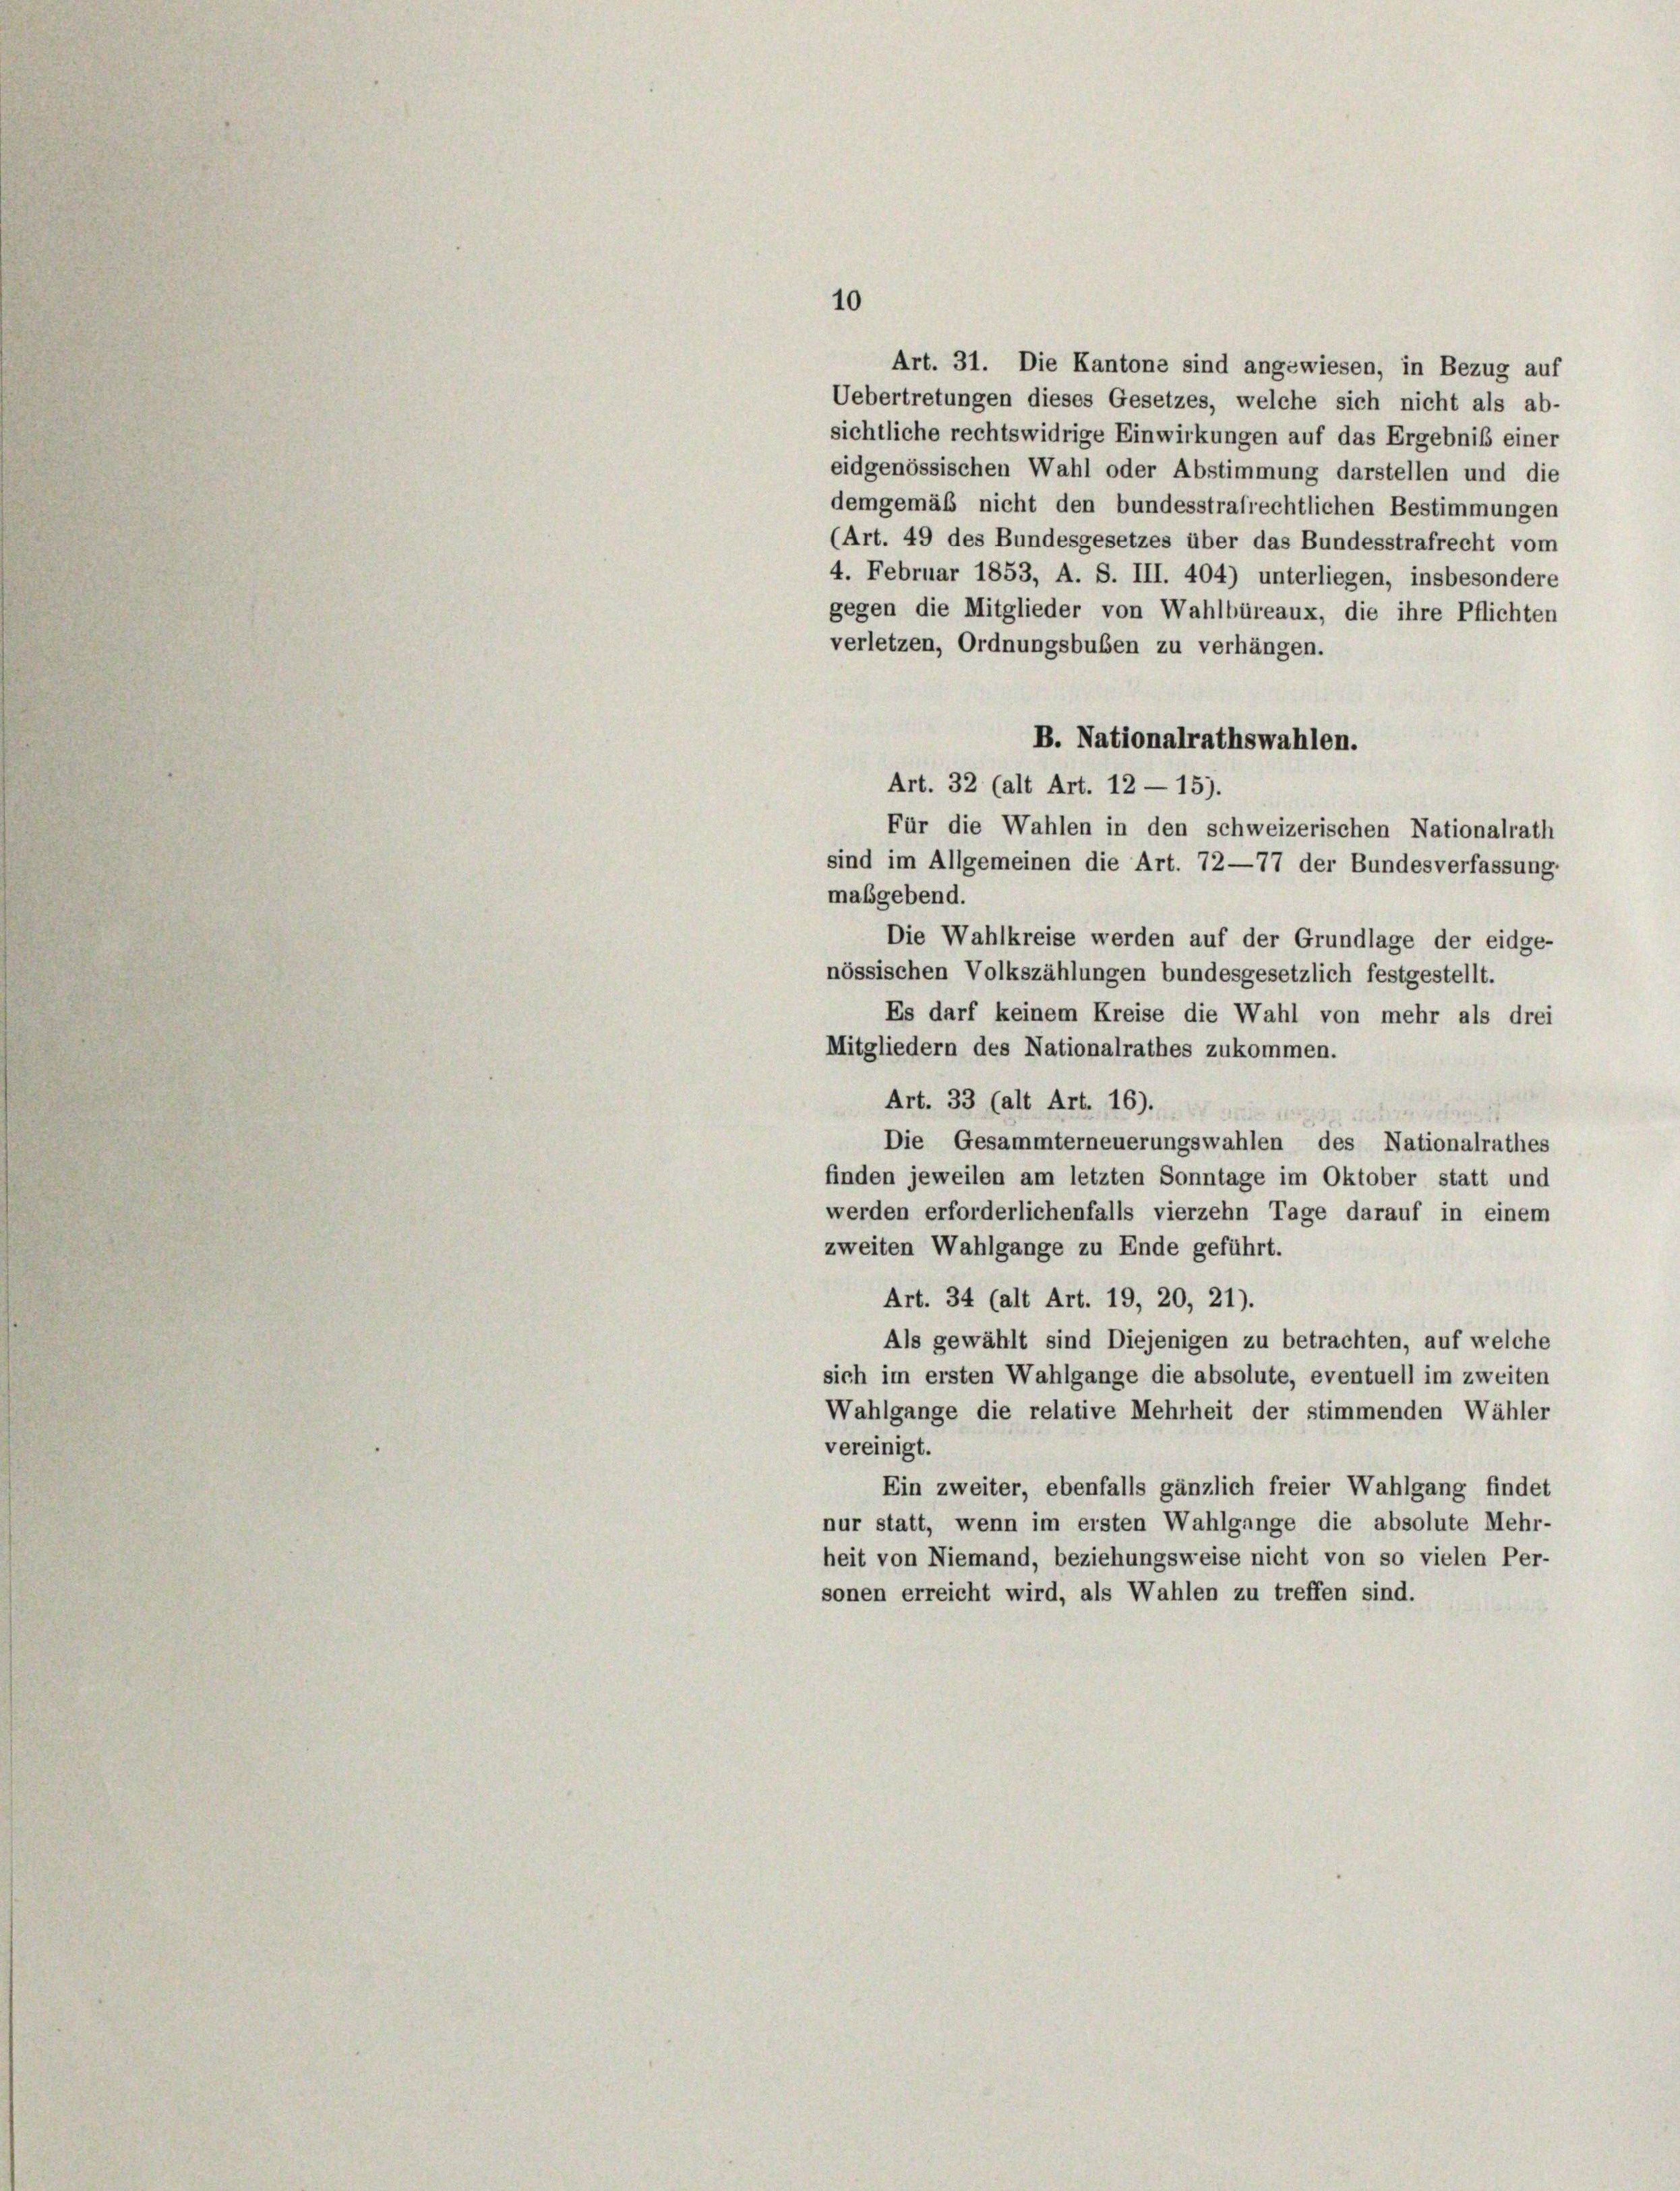
10

Art. 31. Die Kantone sind angewiesen, in Bezug auf
Uebertretungen dieses Gesetzes, welche sich nicht als ab-
sichtliche rechtswidrige Einwirkungen auf das Ergebniß einer
eidgenössischen Wahl oder Abstimmung darstellen und die
demgemäß nicht den bundesstrafrechtlichen Bestimmungen
(Art. 49 des Bundesgesetzes über das Bundesstrafrecht vom
4. Februar 1853, A. S. III. 404) unterliegen, insbesondere
gegen die Mitglieder von Wahlbüreaux, die ihre Pflichten
verletzen, Ordnungsbuben zu verhängen.
B. Nationalrathswahlen.
Art. 32 (alt Art. 12 - 15).
Für die Wahlen in den schweizerischen Nationalrath
sind im Allgemeinen die Art. 72—77 der Bundesverfassung.
maßgebend.
Die Wahlkreise werden auf der Grundlage der eidge-
nössischen Volkszählungen bundesgesetzlich festgestellt.
Es darf keinem Kreise die Wahl von mehr als drei
Mitgliedern des Nationalrathes zukommen.
Art. 33 (alt Art. 16).
Die Gesammterneuerungswahlen des Nationalrathes
finden jeweilen am letzten Sonntage im Oktober statt und
werden erforderlichenfalls vierzehn Tage darauf in einem
zweiten Wahlgange zu Ende geführt.
Art. 34 (alt Art. 19, 20, 21).
Als gewählt sind Diejenigen zu betrachten, auf welche
sich im ersten Wahlgange die absolute, eventuell im zweiten
Wahlgange die relative Mehrheit der stimmenden Wähler
vereinigt.
Ein zweiter, ebenfalls gänzlich freier Wahlgang findet
nur statt, wenn im ersten Wahlgange die absolute Mehr-
heit von Niemand, beziehungsweise nicht von so vielen Per-
sonen erreicht wird, als Wahlen zu treffen sind.